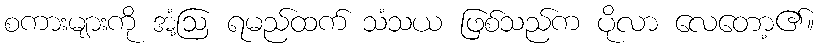
စကားများကို အံ့ဩ ရမည်ထက် သံသယ ဖြစ်သည်က ပိုလာ လေတော့၏။